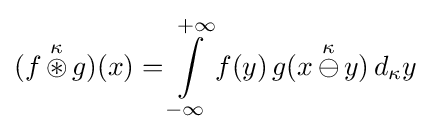
(f\,{\stackrel {\kappa }{\circledast }}\,g)(x)=\int \limits _{-\infty }\limits ^{+\infty }f(y)\,g(x\,{\stackrel {\kappa }{\ominus }}\,y)\,d_{\kappa }y